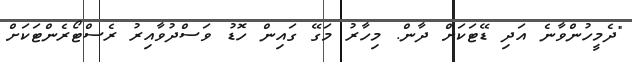
"ދެމީހުންވާނެ އަދި ޑޭޓަކަށް ދާން. މިހާރު މަގޭ ގައިން ހޮޑު ވަސްދުވާއިރު ރެސްޓޯރެންޓަކަށް